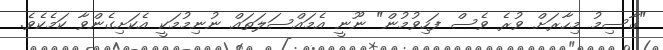
"ގާސިމު މިހާރަށް ވުރެ ވެސް ފަހިވުމުން" ނޫނީ އެމައްސަލަތައް ނުނިމުމަކީ އެކަށިގެންވާ ކަމެކެވެ.